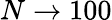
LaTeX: N\rightarrow 100